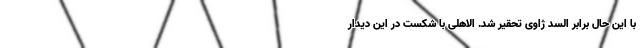
با این حال برابر السد ژاوی تحقیر شد. الاهلی با شکست در این دیدار